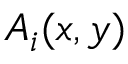
A _ { i } ( x , y )